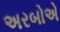
અરબોએ